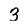
Character: 3